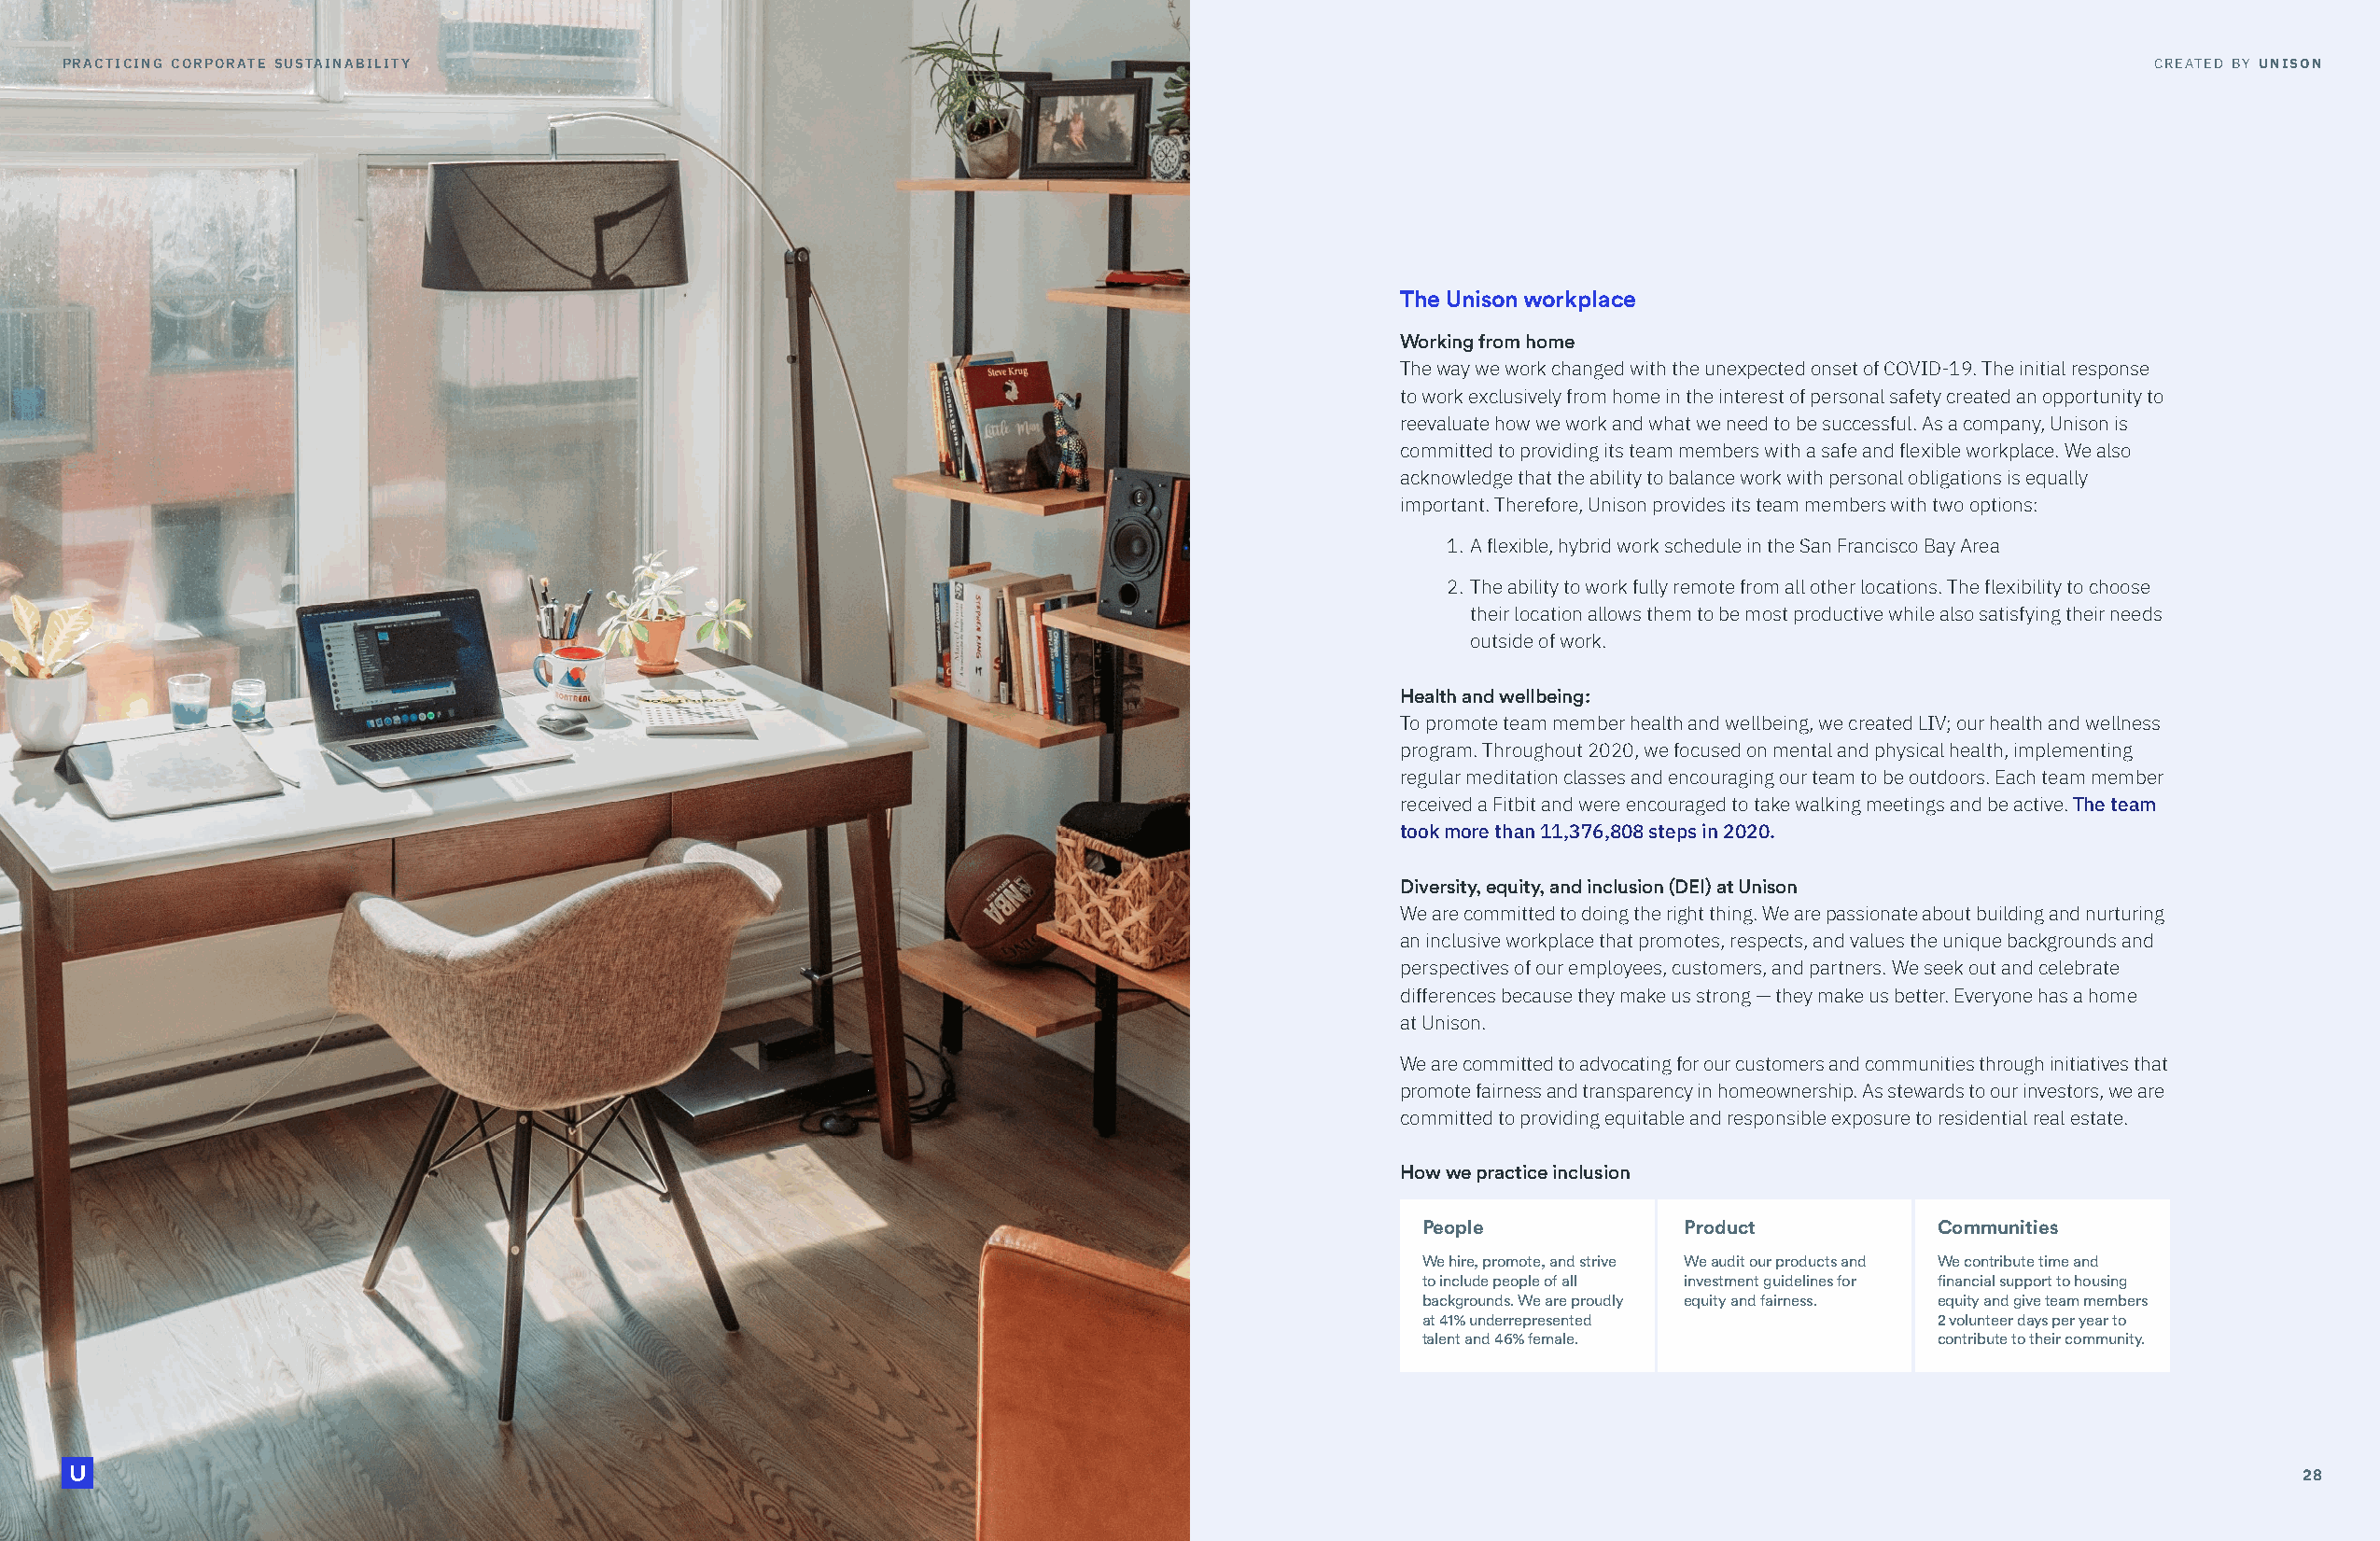
pprraaccttiicciinngg ccoorrppoorraattee ssuussttaaiinnaabbililitityy                                                                                 ccrreeaatteedd bbyy uunniissoonn
 The Unison workplace
 Working from home
 The way we work changed with the unexpected onset of COVID-19. The initial response
 to work exclusively from home in the interest of personal safety created an opportunity to
 reevaluate how we work and what we need to be successful. As a company, Unison is
 committed to providing its team members with a safe and flexible workplace. We also
 acknowledge that the ability to balance work with personal obligations is equally
 important. Therefore, Unison provides its team members with two options:
 1. A flexible, hybrid work schedule in the San Francisco Bay Area
 2. The ability to work fully remote from all other locations. The flexibility to choose
 their location allows them to be most productive while also satisfying their needs
 outside of work.
 Health and wellbeing:
 To promote team member health and wellbeing, we created LIV; our health and wellness
 program. Throughout 2020, we focused on mental and physical health, implementing
 regular meditation classes and encouraging our team to be outdoors. Each team member
 received a Fitbit and were encouraged to take walking meetings and be active. The team
 took more than 11,376,808 steps in 2020.
 Diversity, equity, and inclusion (DEI) at Unison
 We are committed to doing the right thing. We are passionate about building and nurturing
 an inclusive workplace that promotes, respects, and values the unique backgrounds and
 perspectives of our employees, customers, and partners. We seek out and celebrate
 differences because they make us strong — they make us better. Everyone has a home
 at Unison.
 We are committed to advocating for our customers and communities through initiatives that
 promote fairness and transparency in homeownership. As stewards to our investors, we are
 committed to providing equitable and responsible exposure to residential real estate.
 How we practice inclusion
 People            Product           Communities
 We hire, promote, and strive We audit our products and We contribute time and
 to include people of all investment guidelines for financial support to housing
 backgrounds. We are proudly equity and fairness. equity and give team members
 at 41% underrepresented             2 volunteer days per year to
 talent and 46% female.              contribute to their community.
 2288